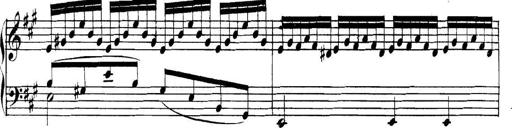
Title: Collected Piano Sonatas
Composer: Muzio Clementi